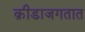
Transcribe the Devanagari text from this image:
क्रीडाजगतात